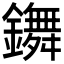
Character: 𨮧